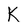
Character: k